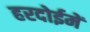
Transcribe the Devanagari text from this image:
हरदोईमें